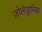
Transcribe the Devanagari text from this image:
ज़ोलेड्रानिक